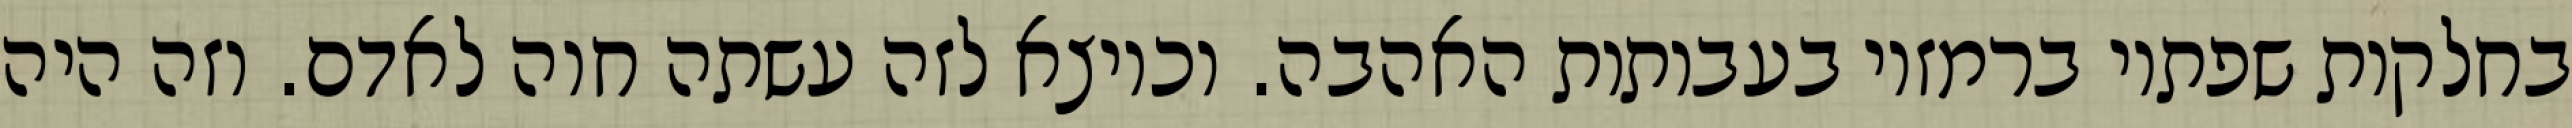
בחלקות שפתיו ברמזיו בעבותות האהבה. וכיוצא לזה עשתה חוה לאדם. וזה היה